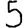
Digit: 5